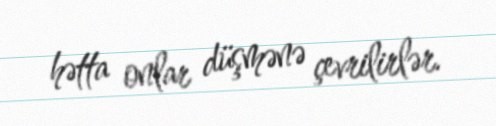
hətta onlar düşmənə çevrilirlər.